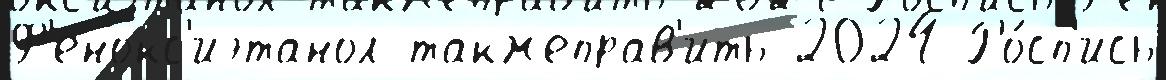
Ф'енокс'иэтанол такжеправ'ить 2024 Ро́сп'ись